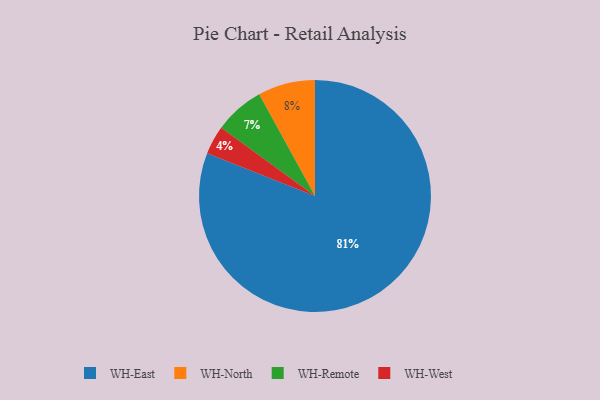
{"axis": {"x": "Category", "y": "Percentage"}, "legend": ["WH-East", "WH-North", "WH-Remote", "WH-West"], "data": [{"x": "WH-North", "y": 8, "type": "WH-North"}, {"x": "WH-East", "y": 81, "type": "WH-East"}, {"x": "WH-West", "y": 4, "type": "WH-West"}, {"x": "WH-Remote", "y": 7, "type": "WH-Remote"}]}